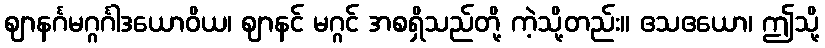
ဈာနင်္ဂမဂ္ဂင်္ဂါဒယောဝိယ၊ ဈာနင် မဂ္ဂင် အစရှိသည်တို့ ကဲ့သို့တည်း။ ဧသဧယော၊ ဤသို့